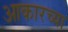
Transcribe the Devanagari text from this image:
आकारच्या